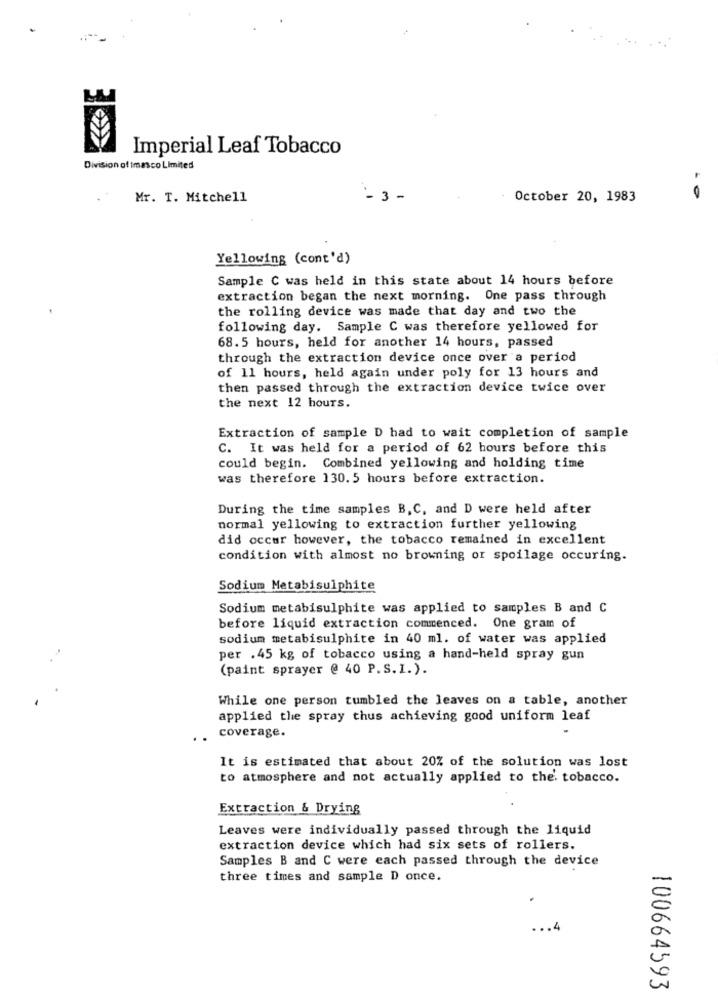
Imperial Leaf Tobacco
Division of imasco Limited
Mr. T. Mitchell
-3 -
October 20, 1983
Yellowing (cont'd)
Sample C was held in this state about 14 hours before
extraction began the next morning. One pass through
the rolling device was made that day and two the
following day. Sample C was therefore yellowed for
68.5 hours, held for another 14 hours, passed
through the extraction device once over a period
of 11 hours, held again under poly for 13 hours and
then passed through the extraction device twice over
the next 12 hours.
Extraction of sample D had to wait completion of sample
C. It was held for a period of 62 hours before this
could begin. Combined yellowing and holding time
was therefore 130. 5 hours before extraction.
During the time samples B,C, and D were held after
normal yellowing to extraction further yellowing
did occur however, the tobacco remained in excellent
condition with almost no browning or spoilage occuring.
Sodium Metabisulphite
Sodium metabisulphite was applied to samples B and C
before liquid extraction commenced. One gram of
sodium metabisulphite in 40 ml. of water was applied
per . 45 kg of tobacco using a hand-held spray gun
(paint sprayer @ 40 P. S. I.).
While one person tumbled the leaves on a table, another
applied the spray thus achieving good uniform leaf
coverage.
It is estimated that about 20% of the solution was lost
to atmosphere and not actually applied to the. tobacco.
Extraction & Drying
Leaves were individually passed through the liquid
extraction device which had six sets of rollers.
Samples B and C were each passed through the device
three times and sample D once.
100664593